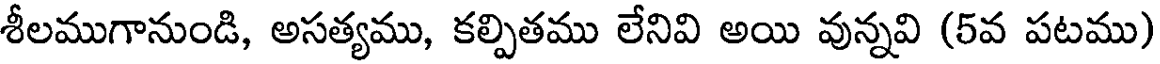
శీలముగానుండి, అసత్యము, కల్పితము లేనివి అయి వున్నవి (5వ పటము)